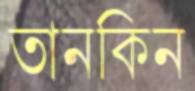
তানকিন